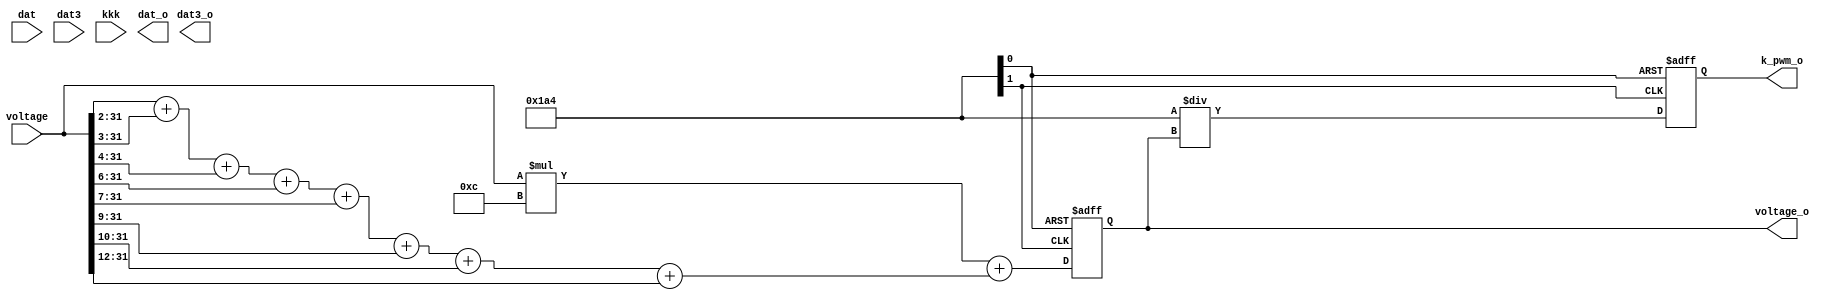
module IRQHandler_vp(
    input [31:0]    dat,
    input [31:0]    dat3,
    input [31:0]    voltage,
    input [1:0]     kkk,

    output wire [31:0] voltage_o,
    output wire [31:0] k_pwm_o,
    output wire [31:0] dat_o,
    output wire [31:0] dat3_o
);

    reg [31:0]  voltage_r;
    reg [31:0]  k_pwm_r;
    reg [31:0]  dat_r;
    reg [31:0]  dat3_r;

    wire [31:0] x_voltage;
    assign x_voltage[31:0] = {  voltage[31:2] + voltage[31:3] + voltage[31:4] + voltage[31:6] +
                                voltage[31:7] + voltage[31:9] + voltage[31:10] + voltage[31:12]};
    always @(posedge clk or negedge rst_n )
        if(!rst_n)
            voltage_r <= 32'h0;
        else 
            voltage_r <= voltage[31:0] * 4'd12 + x_voltage[31:0];
    assign voltage_o[31:0] = voltage_r[31:0];
    
    always @(posedge clk or negedge rst_n) 
        if(!rst_n)
            k_pwm_r <= 32'h00;
        else 
            k_pwm_r <= 32'd420 / voltage_r;         //div
    assign k_pwm_o[31:0] = k_pwm_r[31:0];

    endmodule